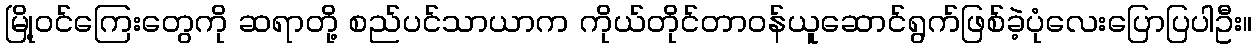
မြို့ဝင်ကြေးတွေကို ဆရာတို့ စည်ပင်သာယာက ကိုယ်တိုင်တာဝန်ယူဆောင်ရွက်ဖြစ်ခဲ့ပုံလေးပြောပြပါဦး။